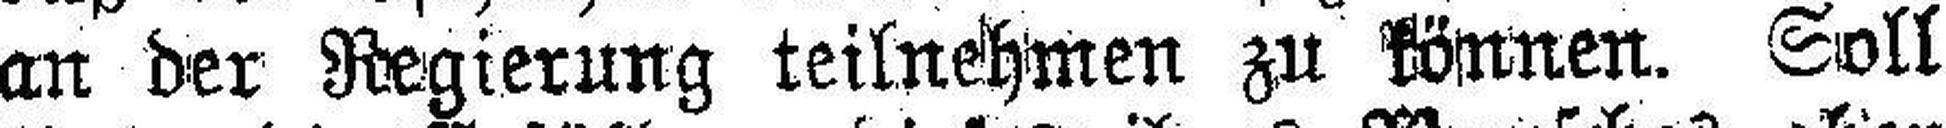
an der Regierung teilnehmen zu können. Soll